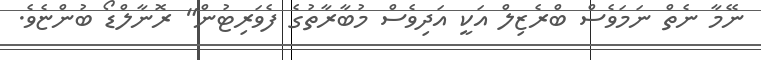
ނޭމާ ނެތް ނަމަވެސް ބްރެޒިލް އަކީ އަދިވެސް މުބާރާތުގެ ފެވަރިޓުން" ރޮނާލްޑޯ ބުންޏެވެ.